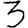
Digit: 3